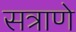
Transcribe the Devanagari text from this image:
सत्राणे